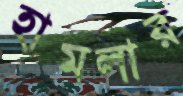
হামলার